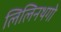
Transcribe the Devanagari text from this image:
लिलिनथगो